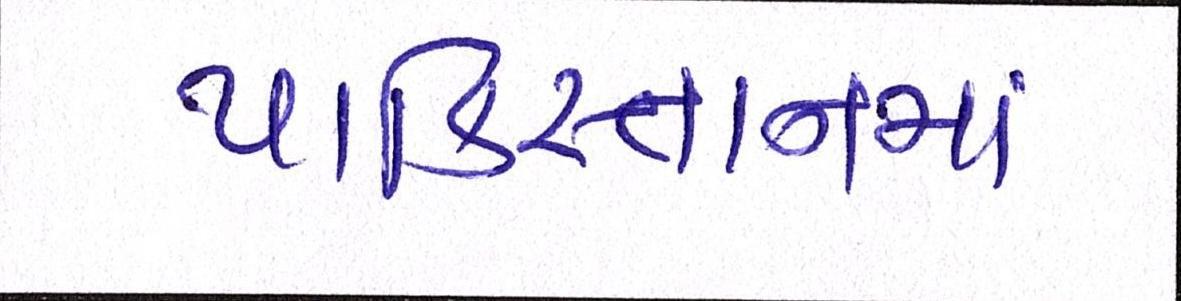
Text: પાકિસ્તાનમાં